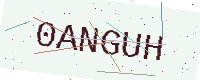
Text: 0ANGUH